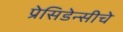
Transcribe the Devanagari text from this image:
प्रेसिडेन्सीचे